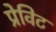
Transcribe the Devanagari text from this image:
प्रेविट